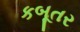
કબૂતર